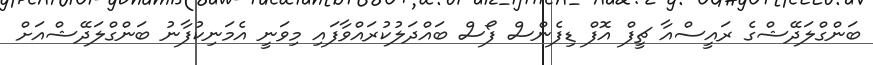
ބަންގްލަދޭޝްގެ ރައީސްއާ ޗީފް އޮފް ޑިފެންސް ފޯސް ބައްދަލުކުރައްވާފައި މިވަނީ އެމަނިކުފާނު ބަންގްލަދޭޝްއަށް